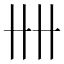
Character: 𠦌